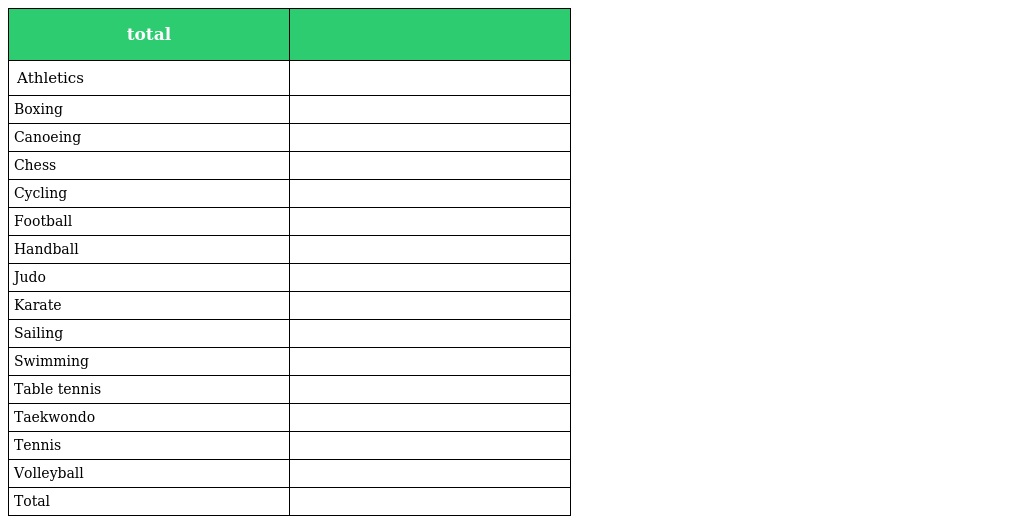
| total |  |
 | --- | --- |
 | Athletics |  |
 | Boxing |  |
 | Canoeing |  |
 | Chess |  |
 | Cycling |  |
 | Football |  |
 | Handball |  |
 | Judo |  |
 | Karate |  |
 | Sailing |  |
 | Swimming |  |
 | Table tennis |  |
 | Taekwondo |  |
 | Tennis |  |
 | Volleyball |  |
 | Total |  |